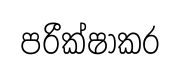
පරීක්ෂාකර